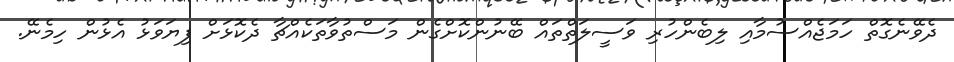
ދެވޭނެގޮތް ހަމަޖެއްސުމާއި ލިބެންހުރި ވަސީލަތްތައް ބޭނުންކޮށްގެން މަސްތުވާތަކެއްޗާ ދެކޮޅަށް ފިޔަވަޅު އެޅުން ހިމެނޭ.